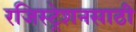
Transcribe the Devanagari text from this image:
रजिस्ट्रेशनसाठी